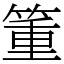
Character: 箽